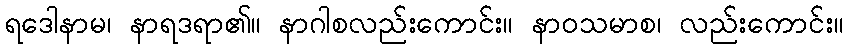
ရဒေါနာမ၊ နာရဒရာ၏။ နာဂါစလည်းကောင်း။ နာဝသမာစ၊ လည်းကောင်း။